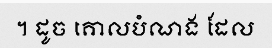
។ ដូច គោលបំណង ដែល